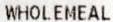
WHOLEMEAL